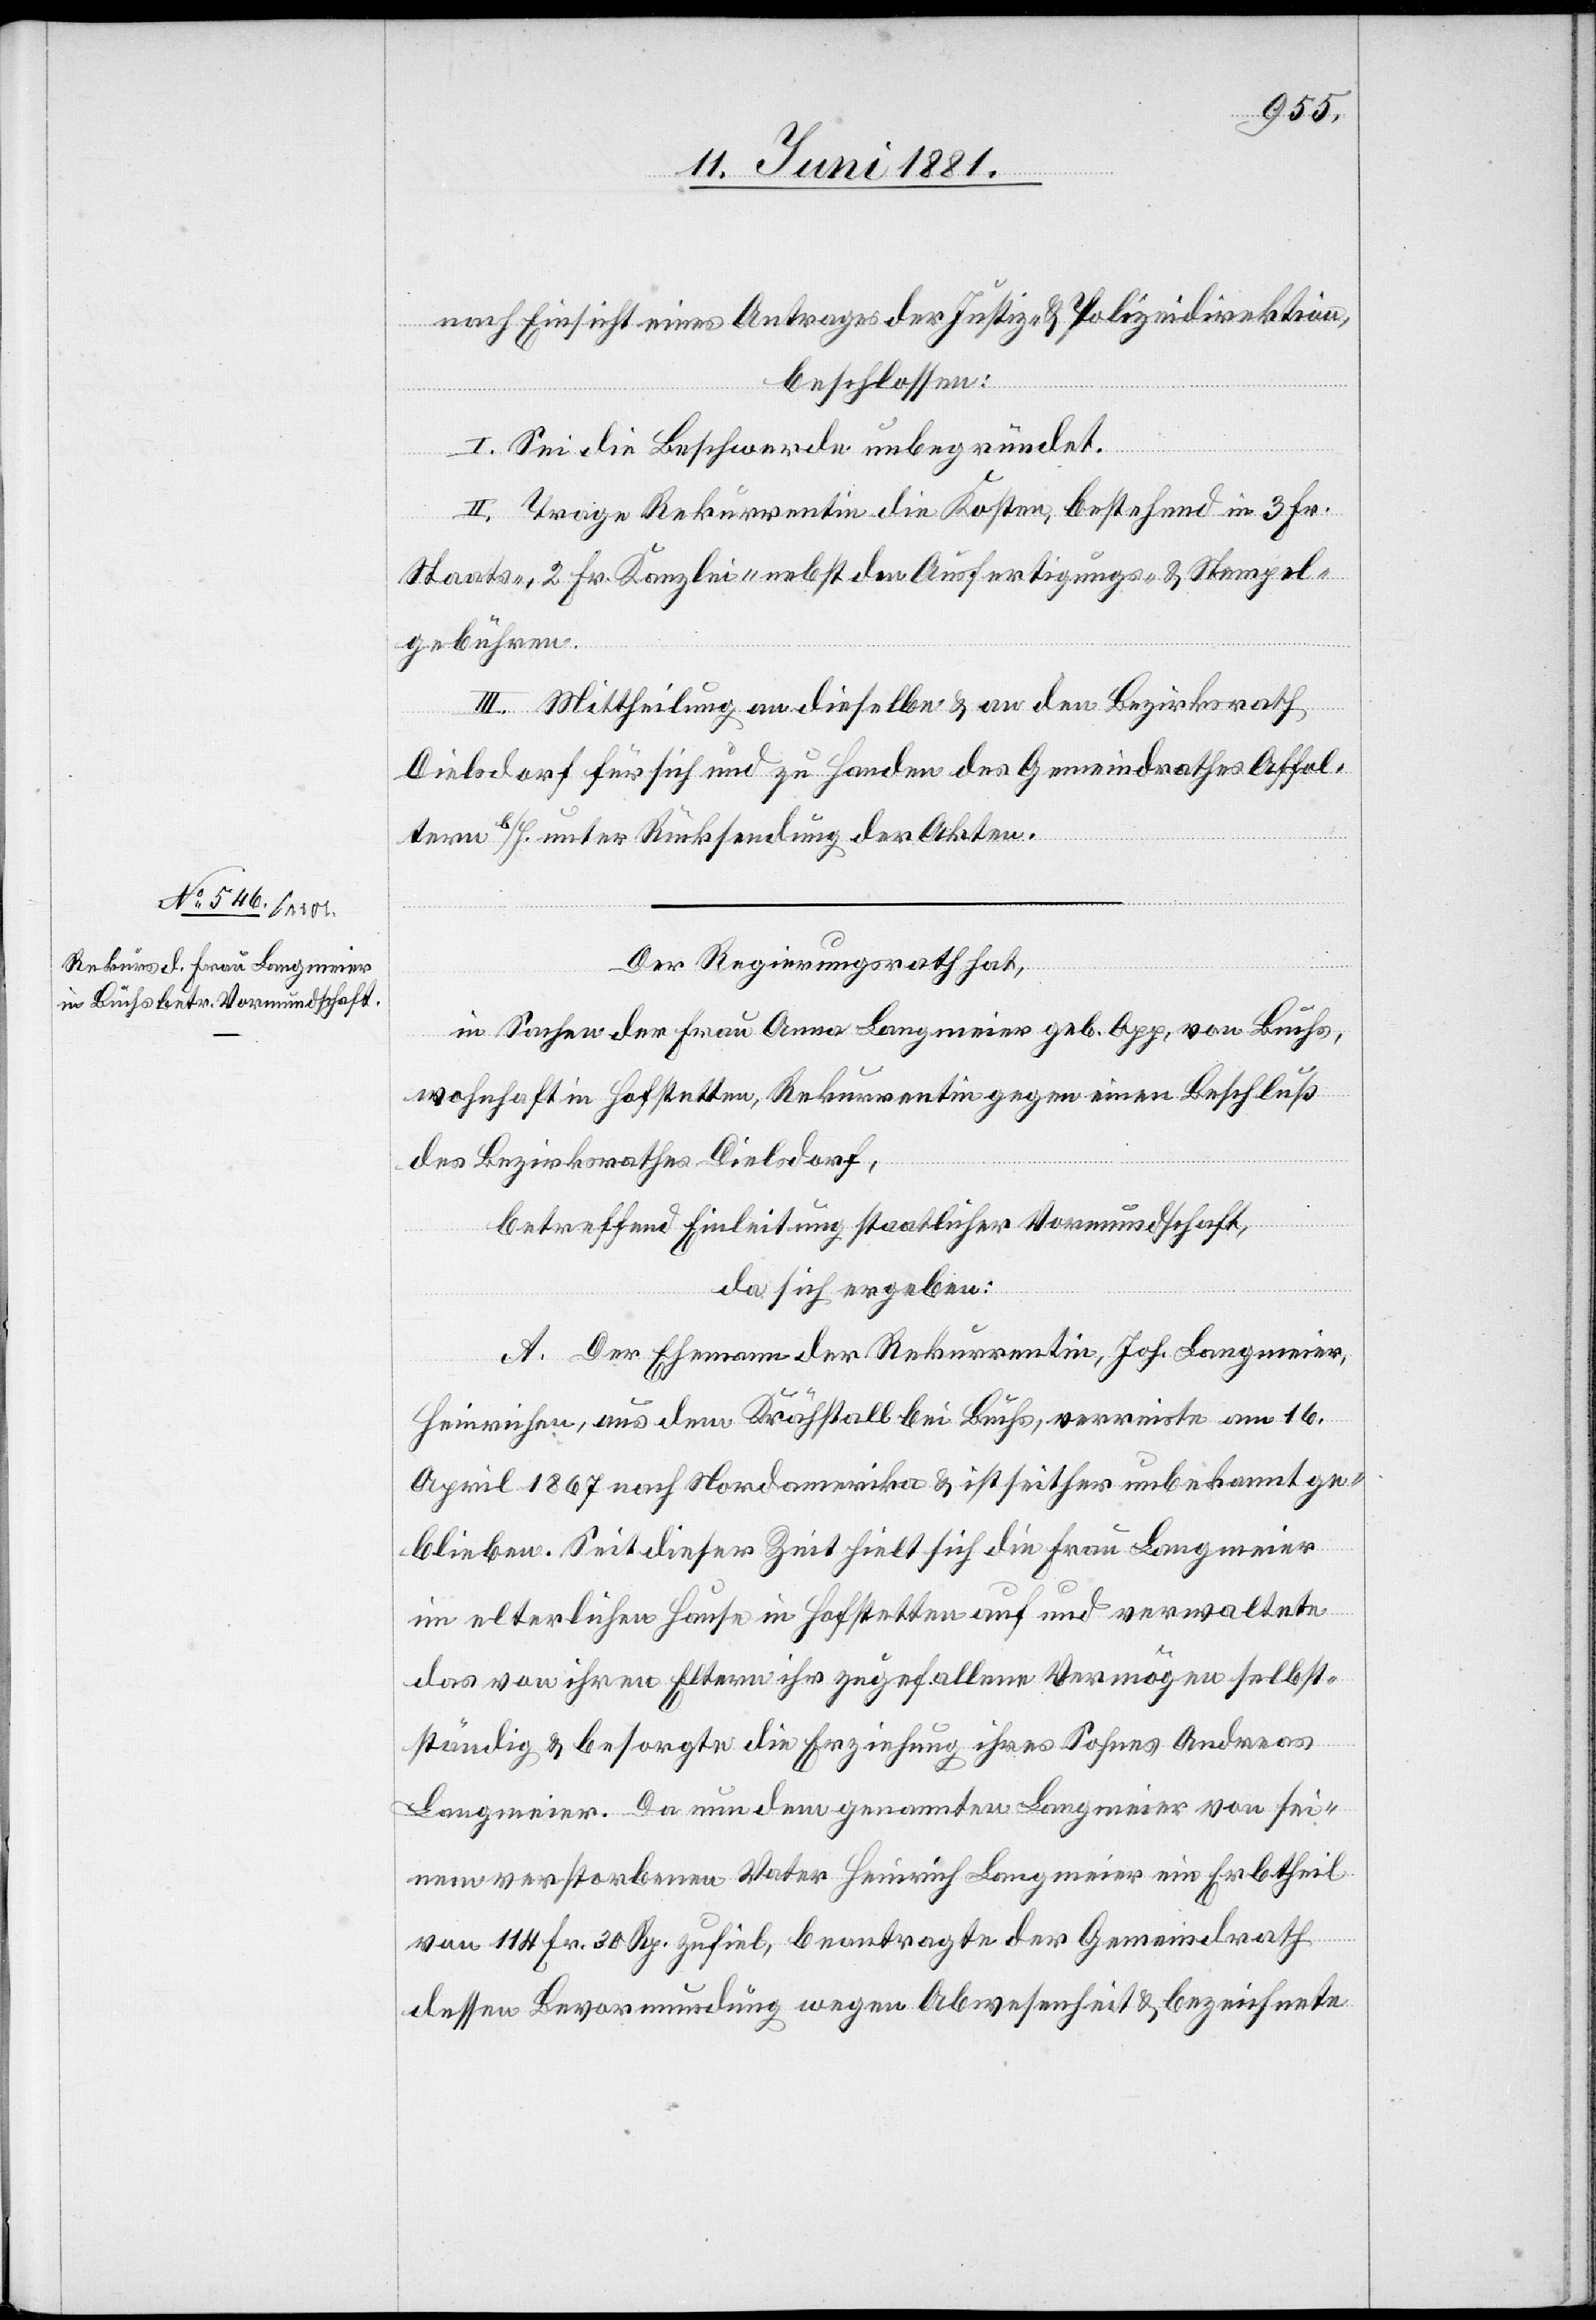
nach Einsicht eines Antrages der Justiz- & Polizeidirektion,
beschlossen:
I. Sei die Beschwerde unbegründet.
II. Trage Rekurrentin die Kosten, bestehend in 3 Fr.
Staats-, 2 Fr. Kanzlei- nebst den Ausfertigungs- & Stempel¬
gebühren.
III. Mittheilung an dieselbe & an den Bezirksrath
Dielsdorf für sich und zu Handen des Gemeindrathes Affol¬
tern b/H.. unter Rücksendung der Akten.
Der Regierungsrath hat,
in Sachen der Frau Anna Langmeier geb. Opp, von Buchs
wohnhaft in Hofstetten, Rekurrentin gegen einen Beschluß
des Bezirksrathes Dielsdorf,
betreffend Einleitung staatlicher Vormundschaft,
da sich ergeben:
A. Der Ehemann der Rekurrentin, Joh. Landmeier,
Heinrichner, aus dem Krähstall bei Buchs, verreiste am 16.
April 1867 nach Nordamerika & ist seither unbekannt ge¬
blieben. Seit dieser Zeit hielt sich die Frau Langmeier
im elterlichen Hause in Hofstetten auf und verwaltete
das von ihren Eltern ihr zugefallene Vermögen selbst¬
ständig & besorgte die Erziehung ihres Sohnes Andreas
Langmeier. Da nun dem genannten Langmeier von sei¬
nem verstorbenen Vater Heinrich Langmeier ein Erbtheil
von 114. Fr. 30 Rp. zufiel, beantragte der Gemeindrath
dessen Bevormundung wegen Abwesenheit & bezeichnete